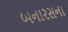
બનારસના